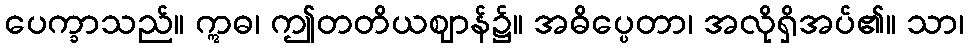
ပေက္ခာသည်။ ဣဓ၊ ဤတတိယဈာန်၌။ အဓိပ္ပေတာ၊ အလိုရှိအပ်၏။ သာ၊